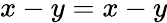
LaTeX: x-y=x-y